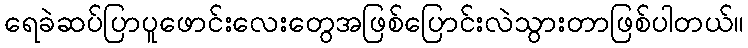
ရေခဲဆပ်ပြာပူဖောင်းလေးတွေအဖြစ်ပြောင်းလဲသွားတာဖြစ်ပါတယ်။